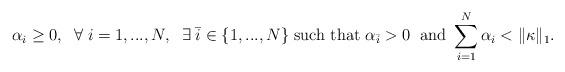
LaTeX: \begin{align*}\alpha_i \geq 0, \; \; \forall \; i=1,...,N, \; \; \exists \; \bar{i}\in \{1,..., N\} \; \mbox{such that $\alpha_{\bar{i}}>0$} \; \; \mbox{and } \sum_{i=1}^{N} \alpha_i < \|\kappa\|_{1}. \end{align*}